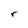
Character: r